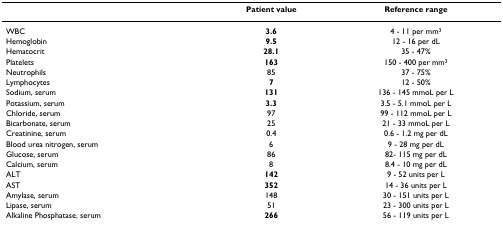
<table><thead><tr><td></td><td><b>Patient value</b></td><td><b>Reference range</b></td></tr></thead><tbody><tr><td>WBC</td><td><b>3.6</b></td><td>4 - 11 per mm<sup>3</sup></td></tr><tr><td>Hemoglobin</td><td><b>9.5</b></td><td>12 - 16 per dL</td></tr><tr><td>Hematocrit</td><td><b>28.1</b></td><td>35 - 47%</td></tr><tr><td>Platelets</td><td><b>163</b></td><td>150 - 400 per mm<sup>3</sup></td></tr><tr><td>Neutrophils</td><td>85</td><td>37 - 75%</td></tr><tr><td>Lymphocytes</td><td><b>7</b></td><td>12 - 50%</td></tr><tr><td>Sodium, serum</td><td><b>131</b></td><td>136 - 145 mmoL per L</td></tr><tr><td>Potassium, serum</td><td><b>3.3</b></td><td>3.5 - 5.1 mmoL per L</td></tr><tr><td>Chloride, serum</td><td>97</td><td>99 - 112 mmoL per L</td></tr><tr><td>Bicarbonate, serum</td><td>25</td><td>21 - 33 mmoL per L</td></tr><tr><td>Creatinine, serum</td><td>0.4</td><td>0.6 - 1.2 mg per dL</td></tr><tr><td>Blood urea nitrogen, serum</td><td>6</td><td>9 - 28 mg per dL</td></tr><tr><td>Glucose, serum</td><td>86</td><td>82- 115 mg per dL</td></tr><tr><td>Calcium, serum</td><td>8</td><td>8.4 - 10 mg per dL</td></tr><tr><td>ALT</td><td><b>142</b></td><td>9 - 52 units per L</td></tr><tr><td>AST</td><td><b>352</b></td><td>14 - 36 units per L</td></tr><tr><td>Amylase, serum</td><td>148</td><td>30 - 151 units per L</td></tr><tr><td>Lipase, serum</td><td>51</td><td>23 - 300 units per L</td></tr><tr><td>Alkaline Phosphatase, serum</td><td><b>266</b></td><td>56 - 119 units per L</td></tr></tbody></table>